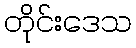
တိုင်းဒေသ